Memorandum on the prevention of leprosy by segregation of the affected
Disease focus: Leprosy
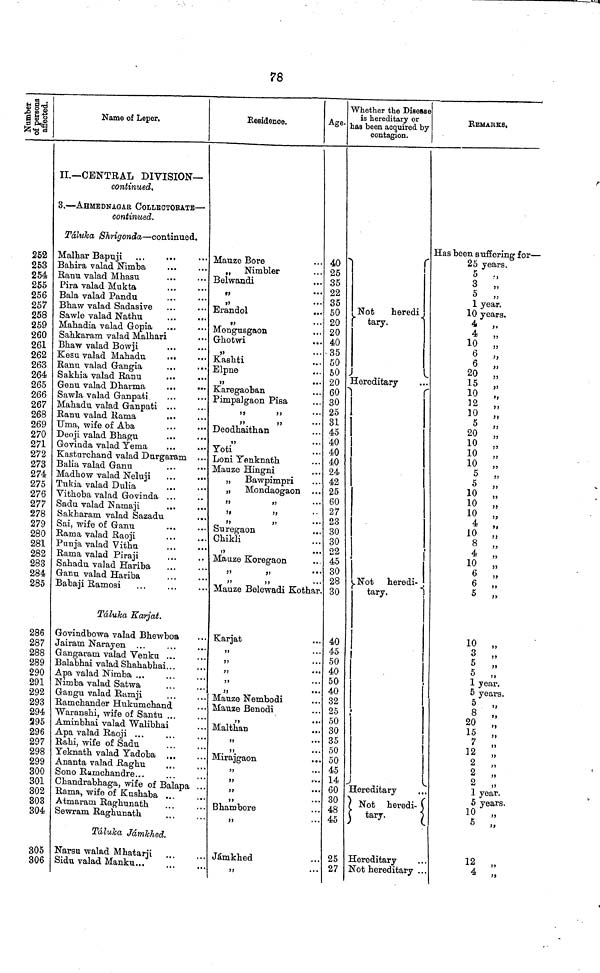
78
Number of .
persons
affected.
252
253
254
255
256
257
258
259
260
261
262
263
264
265
266
267
268
269
270
271
272
273
274
275
276
277
278
279
280
281
282
283
284
285
286
287
288
289
290
291
292
293
294
295
296
297
298
299
300
301
302
303
304
305
306
Name of Leper.
II— CENTRAL DIVISION—
continued.
3, — AHMEDNAGAR COLLECTORATE —
continued.
Táluka Shrigonda, — continued.
Malhar Bapuji
Bahira valad Nimba
Ranu valad Mhasu
Pira valad Mukta
Bala valad Pandu
Bhaw valad Sadasive
Sawle valad Nathu
Mahadia valad Gopia ...
Sahkaram valad Malhari
Bhaw valad Bowji
Kesu valad Mahadu
...
Ranu valad Gangia
..
Sakhia valad Ranu
..
...
Genu valad Dharma
..
Sawla valad Ganpati ,
Mahadu valad Ganpati ..
Ranu valad Rama
Uma, wife of Aba
Deoji valad Bhagu
Govinda valad Yema
..
Kasturchand valad Durgaram
Balia valad Ganu
Madhow valad Neluji
Tukia valad Dulia
Vithoba valad Govinda ...
Sadu valad Namaji
Sakharam valad Sazadu
Sai, wife of Ganu
Rama valad Raoji
Punja valad Vithu
Rama valad Piraji
Sahadu valad Hariba
Ganu valad Hariba
Babaji Ramosi
Táluka Karjat.
Govindbowa valad Bhewboa
Jairam Narayen
Gangaram valad Venku ...
Balabhai valad Shahabhai.
Apa valad Nimba ...
Nimba valad Satwa
Gangu valad Ramji
Ramchander Hukumchand
Waranshi, wife of Santu ...
Aminbhai valad Walibhai
Apa valad Raoji ...
Rahi, wife of Sadu
Yeknath valad Yadoba ...
Ananta valad Raghu
Sono Ramchandre...
Chandrabhaga, wife of Balapa .
Rama, wife of Kushaba ...
Atmaram Raghunath
Sewram Raghunath
Táluka Jámkhed.
Narsu walad Mhatarji
Sidu valad Manku...
Mauze Bore
" Nimbler
Belwandi
"
Erandol
Mengusgaon
Ghotwi
,,
Kashti
Elpne
,,
Karegaoban
"
"
Deodhaithan
,,
Yoti
Loni Yenknath
Mauze Hingni
Bawpimpri
Mondaogaon
,,
,,
,,
Suregaon
Chikli
,,
Mauze Koregaon
,,
,,
Mauze Belewadi Kothar
Karjat
"
"
"
Mauze Nembodi
Mauze Benodi
"
Malthan
"
"
Mirajgaon
,,
Bhambore
"
Jamkhed
,,
Age.
40
25
35
22
35
50
20
20
40
35
50
50
20
60
30
25
31
45
40
40
40
24
42
25
60
27
23
30
30
22
45
30
28
30
40
45
50
40
50
40
32
25
50
30
35
50
50
45
14
60
30
48
45
25
27
Whether the Disease
is hereditary or
has been acquired by
contagion.
Not
heredi-
tary.
Hereditary
Not
heredi-
tary.
Hereditary
N
ot heredi-
tary.
Hereditary
Not hereditary
REMARKS.
Has been suffering for —
25 years.
5
"
3 „
5
„
1 year.
10 years.
4 "
4
"
10
"
6 "
6
"
20 „
15 "
10 "
12 „
10 „
5
"
20
„
10 „
10 „
10 "
5
"
5 "
10 "
10
"
10 "
4 „
10 „
8 „
4 „
10 „
6 „
6 „
5 ,,
10 „
3 „
5
„
5 „
1 year.
5 years.
5 „
8 „
20
„
15 „
7 „
12 „
2 „
2 „
2 „
1 year.
5 years.
10 „
5
„
12 „
4 „